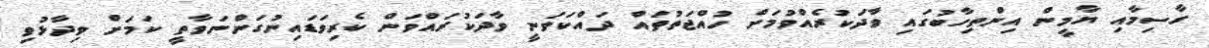
ގާސިމާއި ޔާމީން އިންތިހާބުގައި ވާދަކުރެއްވުމަށް ހުއްޖަތުތައް ދައްކަވަނީ ވާދަކުރައްވަން ކެރިވަޑައިނުގަންނަވާތީ ކަމަށް ވިދާޅުވި